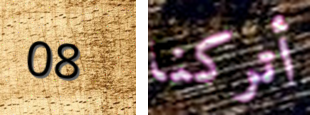
08 أتركنا